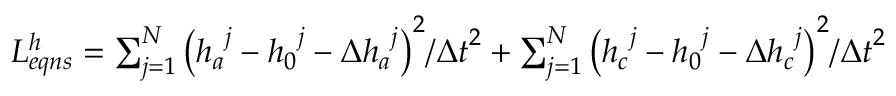
\begin{array} { r } { L _ { e q n s } ^ { h } = \sum _ { j = 1 } ^ { N } { { { \left( { { h } _ { a } } ^ { j } - { { h } _ { 0 } } ^ { j } - \Delta { { h } _ { a } } ^ { j } \right) } ^ { 2 } } / { { \Delta t } ^ { 2 } } } + \sum _ { j = 1 } ^ { N } { { { \left( { { h } _ { c } } ^ { j } - { { h } _ { 0 } } ^ { j } - \Delta { { h } _ { c } } ^ { j } \right) } ^ { 2 } } / { { \Delta t } ^ { 2 } } } } \end{array}